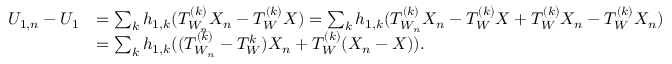
\begin{array} { r l } { U _ { 1 , n } - U _ { 1 } } & { = \sum _ { k } h _ { 1 , k } ( T _ { W _ { n } } ^ { ( k ) } X _ { n } - T _ { W } ^ { ( k ) } X ) = \sum _ { k } h _ { 1 , k } ( T _ { W _ { n } } ^ { ( k ) } X _ { n } - T _ { W } ^ { ( k ) } X + T _ { W } ^ { ( k ) } X _ { n } - T _ { W } ^ { ( k ) } X _ { n } ) } \\ & { = \sum _ { k } h _ { 1 , k } ( ( T _ { W _ { n } } ^ { ( k ) } - T _ { W } ^ { k } ) X _ { n } + T _ { W } ^ { ( k ) } ( X _ { n } - X ) ) . } \end{array}